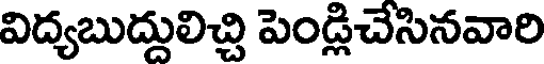
విద్యబుద్దులిచ్చి పెండ్లిచేసినవారి